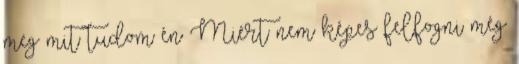
meg mit tudom én Miért nem képes felfogni még